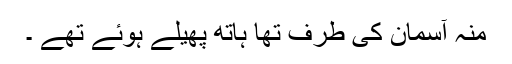
منہ آسمان کی طرف تھا ہاتھ پھیلے ہوئے تھے ۔